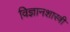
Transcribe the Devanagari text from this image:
विज्ञानशास्त्री